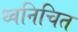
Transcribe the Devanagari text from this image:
ध्वनिचित